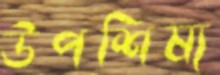
উপশিষ্য